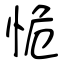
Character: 恑